Scottish Leaving Certificate Examination, 1960
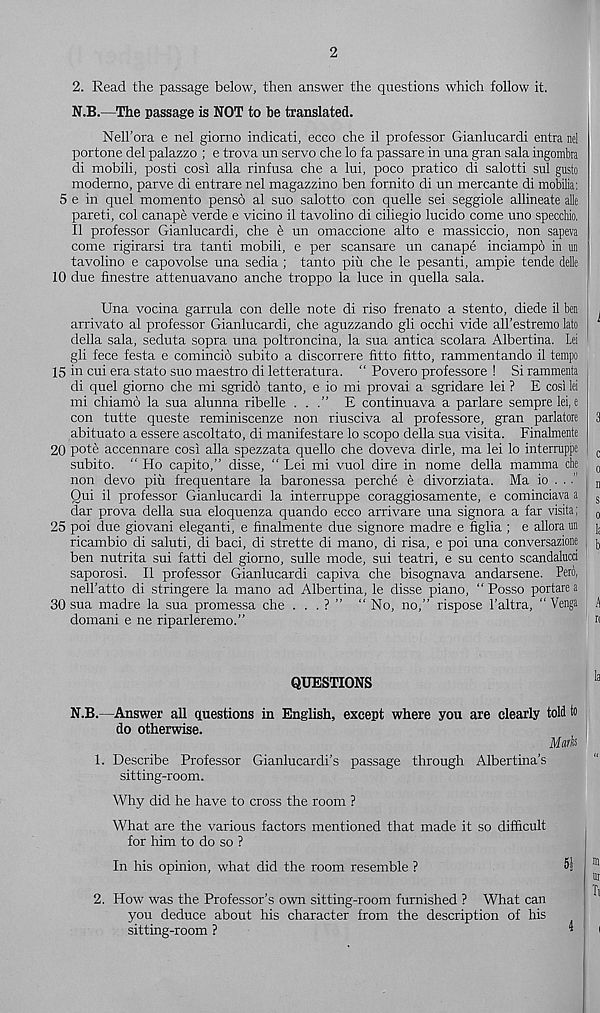
2
2. Read the passage below, then answer the questions which follow it.
N.B.—The passage is NOT to be translated.
Nell’ora e nel giorno indicati, ecco che il professor Gianlucardi entra nel
portone del palazzo ; e trova un servo che lo fa passare in una gran sala ingombra
di mobili, posti cosi alia rinfusa che a lui, poco pratico di salotti sul gusto
moderno, parve di entrare nel magazzino ben fornito di un mercante di mobilia:
5 e in quel momento penso al suo salotto con quelle sei seggiole allineate alle
pareti, col canape verde e vicino il tavolino di ciliegio lucido come uno specchio.
II professor Gianlucardi, che e un omaccione alto e massiccio, non sapeva
come rigirarsi tra tanti mobili, e per scansare un canape inciampo in tm
tavolino e capovolse una sedia ; tanto piu che le pesanti, ampie tende delle
10 due finestre attenuavano anche troppo la luce in quella sala.
Una vocina garrula con delle note di riso frenato a stento, diede il ben ,
arrivato al professor Gianlucardi, che aguzzando gli occhi vide all’estremo lato
della sala, seduta sopra una poltroncina, la sua antica scolara Albertina. Lei
gli fece festa e comincio subito a discorrere fitto fitto, rammentando il tempo
15 in cui era stato suo maestro di letteratura. “ Povero professore ! Si rammenta
di quel giorno che mi sgrido tanto, e io mi provai a sgridare lei ? E cosi lei
mi chiamo la sua alunna ribelle ...” E continuava a parlare sempre lei, e
con tutte queste reminiscenze non riusciva al professore, gran parlatore 3
abituato a essere ascoltato, di manifestare lo scopo della sua visita. Finalmente
20 pote accennare cosi alia spezzata quello che doveva dirle, ma lei lo interruppe c
subito. “ Ho capito,” disse, “ Lei mi vuol dire in nome della mamma che 0
non devo piix frequentare la baronessa perche e divorziata. Ma io ... n
Qui il professor Gianlucardi la interruppe coraggiosamente, e cominciava a !
S;
dar prova della sua eloquenza quando ecco arrivare una signora a far visita; „
25 poi due giovani eleganti, e finalmente due signore madre e figlia ; e allora un j,
ricambio di saluti, di baci, di strette di mano, di risa, e poi una conversazione , ),
ben nutrita sui fatti del giorno, sulle mode, sui teatri, e su cento scandalucci
saporosi. Il professor Gianlucardi capiva che bisognava andarsene. Pero,
nell'atto di stringere la mano ad Albertina, le disse piano, “ Posso portarea
30 sua madre la sua promessa che . . . ? ” “ No, no,” rispose 1’altra, “ Venga . 1
domani e ne riparleremo.”
«
QUESTIONS
N.B.—Answer all questions in English, except where you are clearly told to
do otherwise.
Mark
1. Describe Professor Gianlucardi’s passage through Albertina’s
sitting-room.
Why did he have to cross the room ?
What are the various factors mentioned that made it so difficult
for him to do so ?
In his opinion, what did the room resemble ?
2. How was the Professor’s own sitting-room furnished ? What can
you deduce about his character from the description of his
sitting-room ?
’
in
nr
It
i